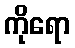
ကိုရော